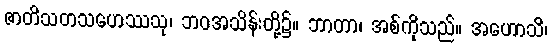
ဇာတိသတသဟေဿသု၊ ဘဝအသိန်းတို့၌။ ဘာတာ၊ အစ်ကိုသည်။ အဟောသိ၊